Lunatic asylums Madras 1877-1891 - 1877-1891
Year: 1877
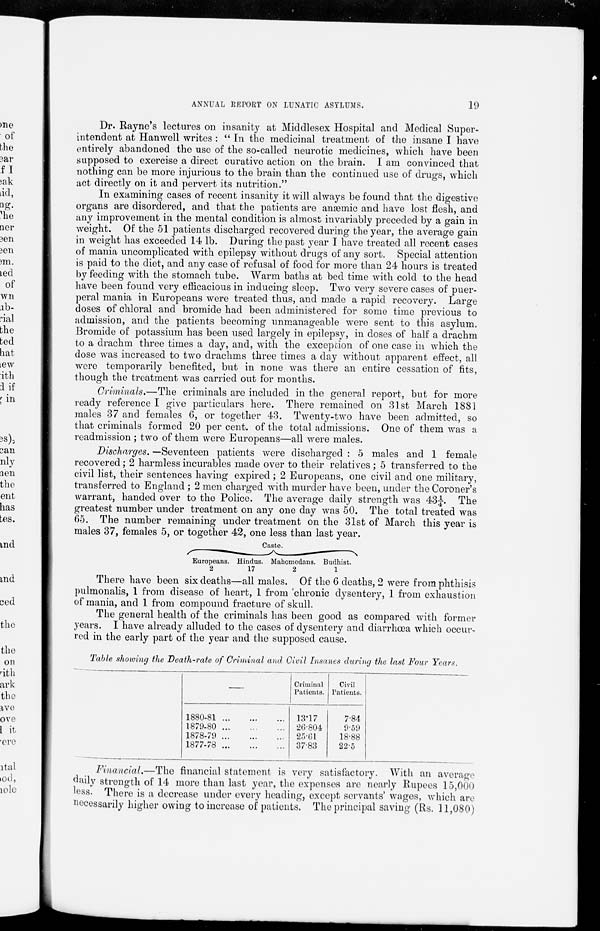
19
ANNUAL REPORT ON LUNATIC ASYLUMS.
Dr. Rayne's lectures on insanity at Middlesex Hospital and Medical Super-
intendent at Hanwell writes : "In the medicinal treatment of the insane I have
entirely abandoned the use of the so-called neurotic medicines, which have been
supposed to exercise a direct curative action on the brain. I am convinced that
nothing can be more injurious to the brain than the continued use of drugs, which
act directly on it and pervert its nutrition."
In examining cases of recent insanity it will always be found that the digestive
organs are disordered, and that the patients are anœmic and have lost flesh, and
any improvement in the mental condition is almost invariably preceded by a gain in
weight. Of the 51 patients discharged recovered during the year, the average gain
in weight has exceeded 14 lb. During the past year I have treated all recent cases
of mania uncomplicated with epilepsy without drugs of any sort. Special attention
is paid to the diet, and any case of refusal of food for more than 24 hours is treated
by feeding with the stomach tube. Warm baths at bed time with cold to the head
have been found very efficacious in inducing sleep. Two very severe cases of puer-
peral mania in Europeans were treated thus, and made a rapid recovery. Large
doses of chloral and bromide had been administered for some time previous to
admission, and the patients becoming unmanageable were sent to this asylum.
Bromide of potassium has been used largely in epilepsy, in doses of half a drachm
to a drachm three times a day, and, with the exception of one case in which the
dose was increased to two drachms three times a day without apparent effect, all
were temporarily benefited, but in none was there an entire cessation of fits,
though the treatment was carried out for months.
Criminals.—The criminals are included in the general report, but for more
ready reference I give particulars here. There remained on 31st March 1881
males 37 and females 6, or together 43. Twenty-two have been admitted, so
that criminals formed 20 per cent. of the total admissions. One of them was a
readmission ; two of them were Europeans—all were males.
Discharges. —Seventeen patients were discharged : 5 males and 1 female
recovered ; 2 harmless incurables made over to their relatives ; 5 transferred to the
civil list, their sentences having expired ; 2 Europeans, one civil and one military,
transferred to England ; 2 men charged with murder have been, under the Coroner's
warrant, handed over to the Police. The average daily strength was 43¼. The
greatest number under treatment on any one day was 50. The total treated was
65. The number remaining under treatment on the 31st of March this year is
males 37, females 5, or together 42, one less than last year.
Caste.
Europeans.
2
Hindus.
17
Mahomedans.
2
Budhist.
1
There have been six deaths—all males. Of the 6 deaths, 2 were from phthisis
pulmonalis, 1 from disease of heart, 1 from chronic dysentery, 1 from exhaustion
of mania, and 1 from compound fracture of skull.
The general health of the criminals has been good as compared with former
years. I have already alluded to the cases of dysentery and diarrhœa which occur-
red in the early part of the year and the supposed cause.
Table showing the Death-rate of Criminal and Civil Insanes during the last Four Years.
1880-81
...
...
...
1879-80
...
...
...
1878-79
...
...
...
1877-78
...
...
...
Criminal
Patients.
13.17
26.804
25.61
37.83
Civil
Patients.
7.84
9.59
18.88
22.5
Financial.—The financial statement is very satisfactory. With an average
daily strength of 14 more than last year, the expenses are nearly Rupees 15,000
less. There is a decrease under every heading, except servants' wages, which are
necessarily higher owing to increase of patients. The principal saving (Rs. 11,080)